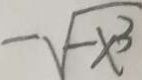
- \sqrt { - x ^ { 3 } }